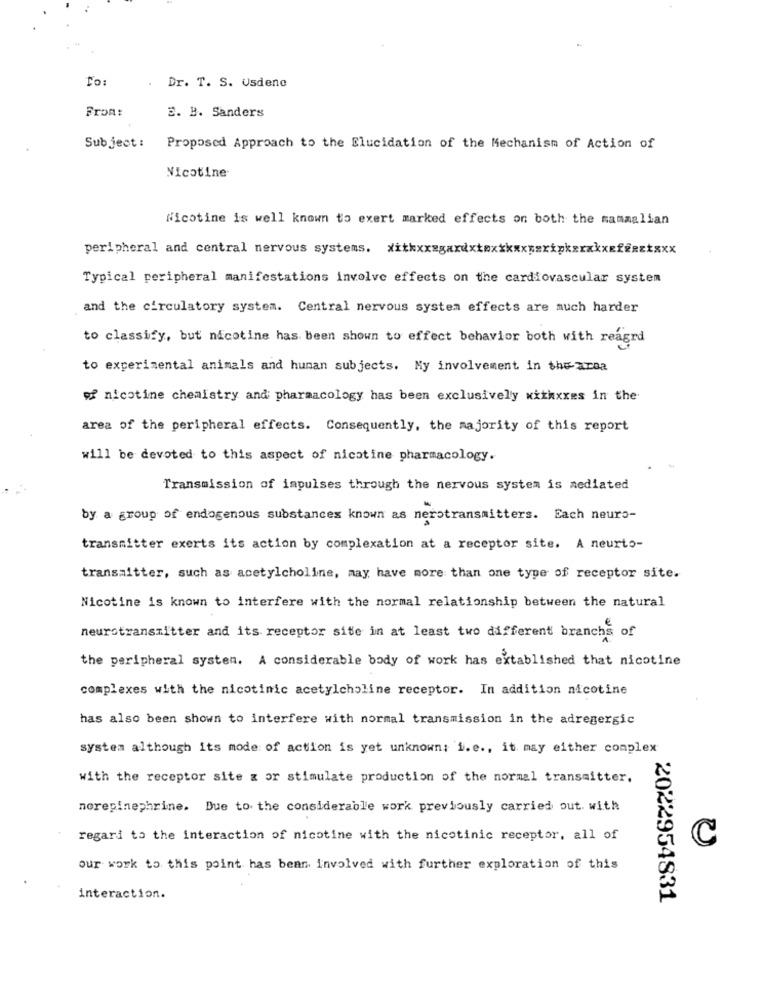
To:
Dr. T. S. Usdene
From:
3. B. Sanders
Subject :
Proposed Approach to the Elucidation of the Mechanism of Action of
Nicotine
Nicotine is well known to exert marked effects on both the mammalian
peripheral and central nervous systems. withxxsgardxtmxxxxxxxxipkærxkxefeaztxxx
Typical peripheral manifestations involve effects on the cardiovascular system
and the circulatory system. Central nervous system effects are much harder
to classify, but nicotine has been shown to effect behavior both with reagrd
to experimental animals and human subjects. My involvement in the area
of nicotine chemistry and pharmacology has been exclusively withxxes in the
area of the peripheral effects. Consequently, the majority of this report
will be devoted to this aspect of nicotine pharmacology.
Transmission of impulses through the nervous system is mediated
by a group of endogenous substances known as nerotransmitters. Each neuro-
transmitter exerts its action by complexation at a receptor site. A neurto-
transmitter, such as acetylcholine, may have more than one type of receptor site.
Nicotine is known to interfere with the normal relationship between the natural
neurotransmitter and its receptor site in at least two different branchs of
the peripheral system. A considerable body of work has extablished that nicotine
complexes with the nicotinic acetylcholine receptor. In addition nicotine
has also been shown to interfere with normal transmission in the adregergic
system although its mode of action is yet unknown; i.e ., it may either complex
with the receptor site x or stimulate production of the normal transmitter.
nerepinephrine. Due to the considerable work previously carried out. with
regari to the interaction of nicotine with the nicotinic receptor. all of
C
our work to this point has been involved with further exploration of this
interaction.
2022954831